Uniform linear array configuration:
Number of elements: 24
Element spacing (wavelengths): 1
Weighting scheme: blackman
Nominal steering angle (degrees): -30
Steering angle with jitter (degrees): -28.481
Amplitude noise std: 0.05
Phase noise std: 0.05

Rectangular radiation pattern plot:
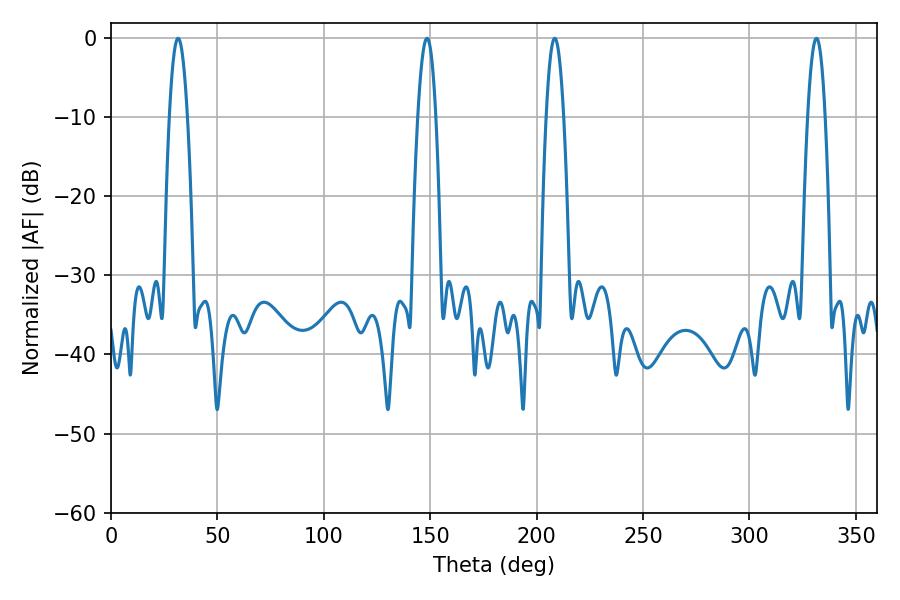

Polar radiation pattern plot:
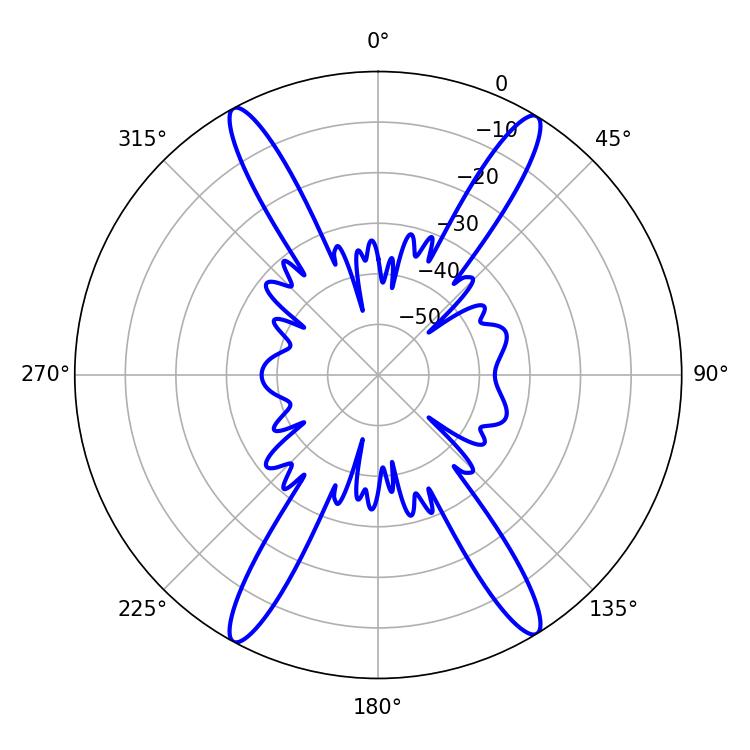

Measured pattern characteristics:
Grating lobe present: TRUE
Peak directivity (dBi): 22.699
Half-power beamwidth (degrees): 4.68
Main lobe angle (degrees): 148.5